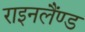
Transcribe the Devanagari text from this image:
राइनलैंण्ड